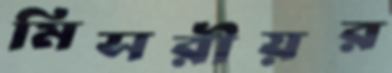
মিসরীয়র